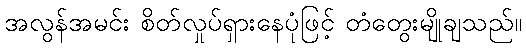
အလွန်အမင်း စိတ်လှုပ်ရှားနေပုံဖြင့် တံတွေးမျိုချသည်။